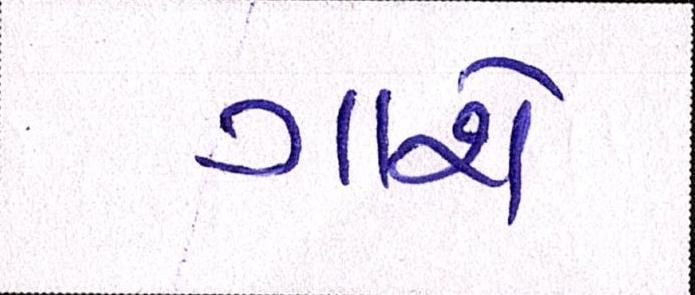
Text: ગાશે